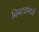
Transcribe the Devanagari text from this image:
बिबट्यांमध्ये